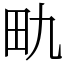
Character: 𪽇